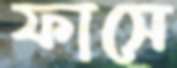
ফাসে